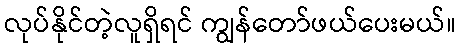
လုပ်နိုင်တဲ့လူရှိရင် ကျွန်တော်ဖယ်ပေးမယ်။